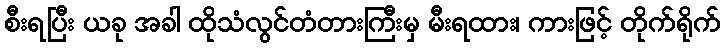
စီးရပြီး ယခု အခါ ထိုသံလွင်တံတားကြီးမှ မီးရထား၊ ကားဖြင့် တိုက်ရိုက်